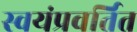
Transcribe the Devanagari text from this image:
स्वयंप्रवर्तित